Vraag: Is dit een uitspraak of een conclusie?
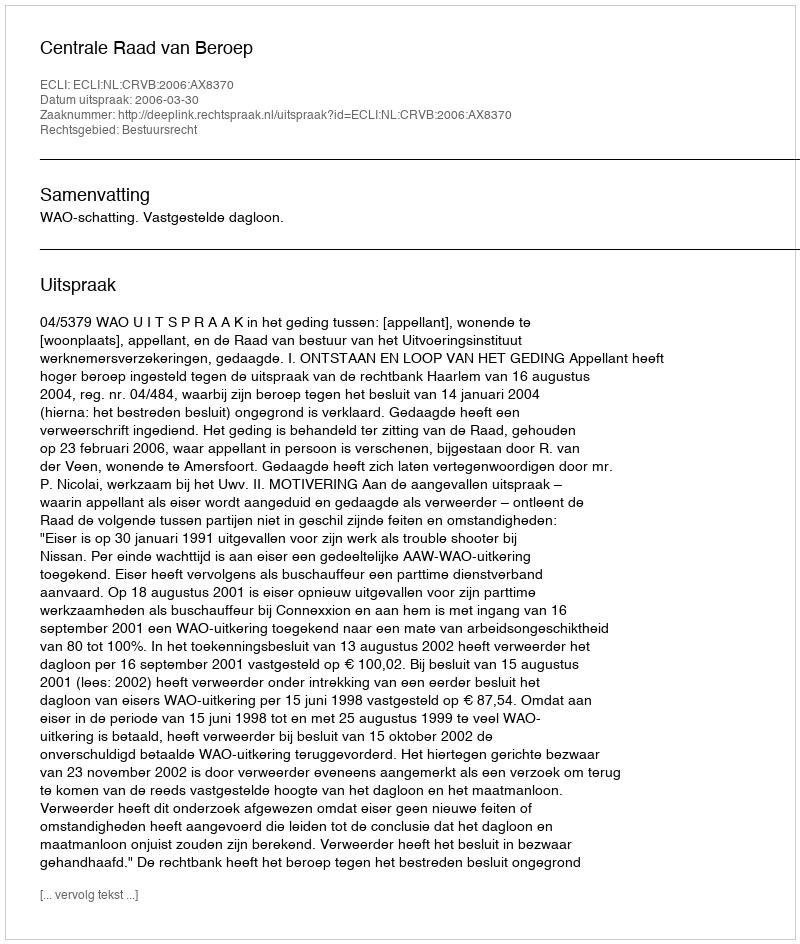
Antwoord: Uitspraak